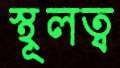
স্থূলত্ব